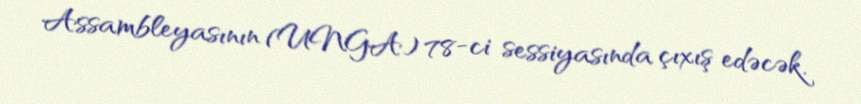
Assambleyasının (UNGA) 78-ci sessiyasında çıxış edəcək.